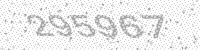
Solution: 295967